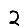
Digit: 2